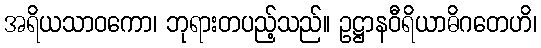
အရိယသာဝကော၊ ဘုရားတပည့်သည်။ ဥဋ္ဌာနဝီရိယာဓိဂတေဟိ၊